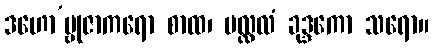
ဒဟော’မ္ဗုဇာကရော စာထ၊ ပလ္လလံ ခုဒ္ဒကော သရော။